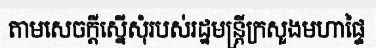
តាមសេចក្តីស្នើសុំរបស់រដ្ឋមន្ត្រីក្រសួងមហាផ្ទៃ